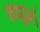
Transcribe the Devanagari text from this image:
चम्बे